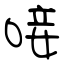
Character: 唼